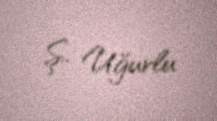
Ş. Uğurlu